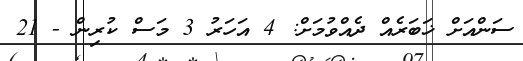
ސަންއަށް ޚަބަރެއް ދެއްވުމަށް: 4 އަހަރު 3 މަސް ކުރިން - 21